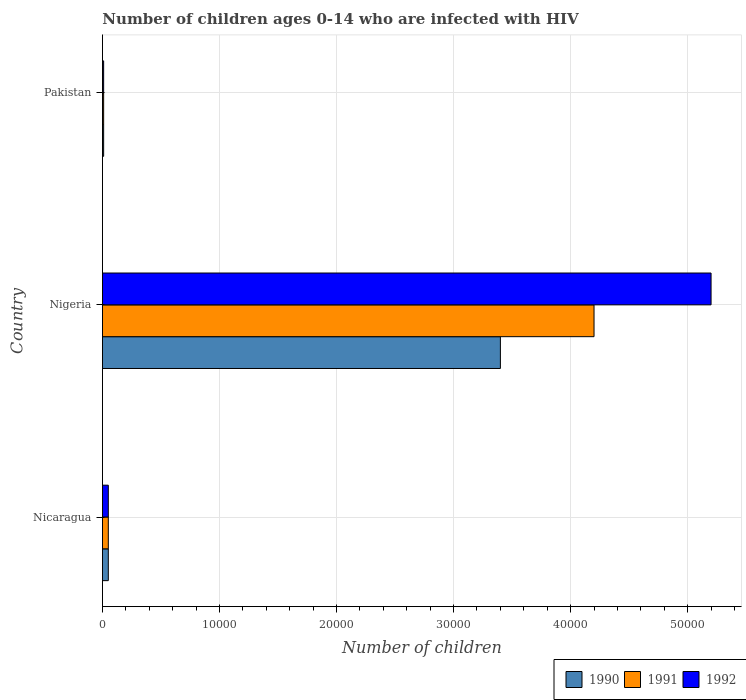
| Country | 1990 | 1991 | 1992 |
 | --- | --- | --- | --- |
 | Nicaragua | 500 | 500 | 500 |
 | Nigeria | 3.4e+04 | 4.2e+04 | 5.2e+04 |
 | Pakistan | 100 | 100 | 100 |